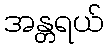
အန္တရယ်